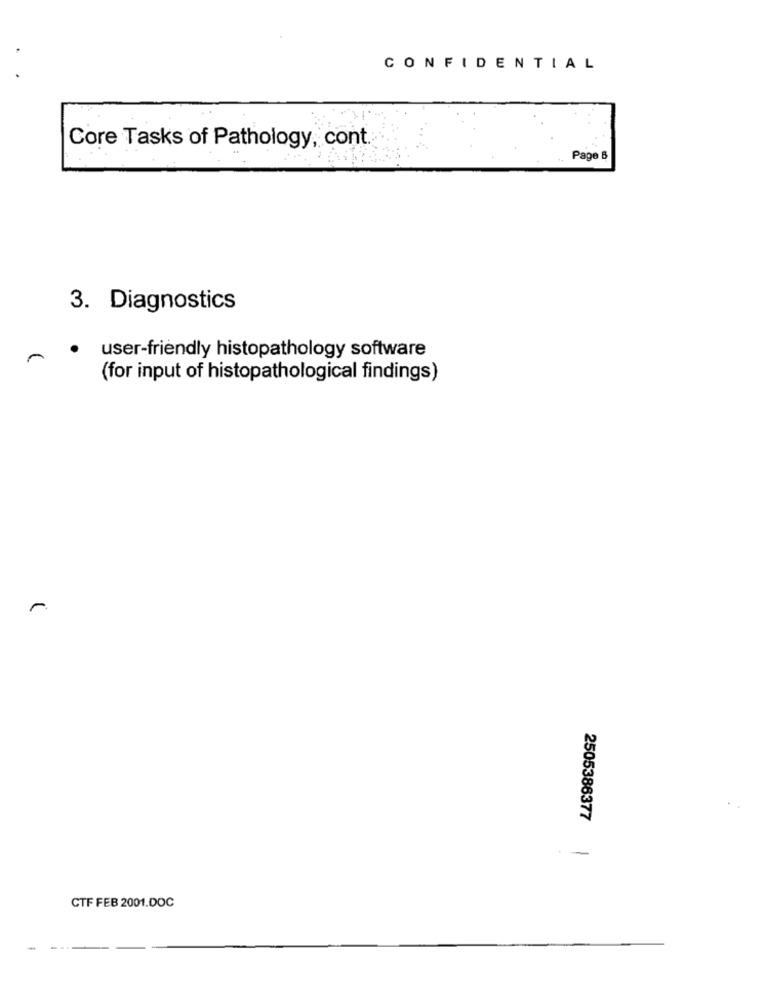
CONFIDENTIAL
Core Tasks of Pathology, cont.
Page B
3. Diagnostics
user-friendly histopathology software
(for input of histopathological findings)
2505386377
CTF FEB 2001.DOC
-
--